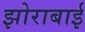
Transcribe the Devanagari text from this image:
झोराबाई